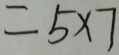
= 5 \times 7